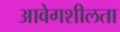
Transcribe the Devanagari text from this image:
आवेगशीलता